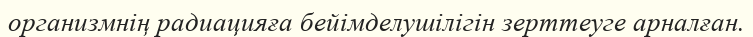
организмнің радиацияға бейімделушілігін зерттеуге арналған.